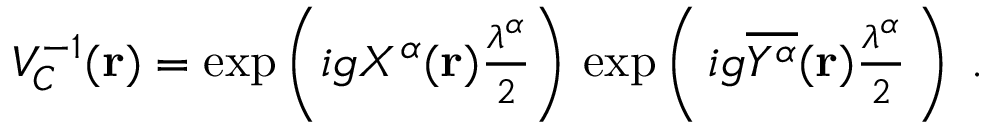
V _ { \cal { C } } ^ { - 1 } ( { \bf { r } } ) = \exp \left( i g { \cal X } ^ { \alpha } ( { \bf { r } } ) { \textstyle \frac { \lambda ^ { \alpha } } { 2 } } \right) \, \exp \left( \, i g { \overline { { { { \cal { Y } } ^ { \alpha } } } } } ( { \bf { r } } ) { \textstyle \frac { \lambda ^ { \alpha } } { 2 } } \, \right) \; .